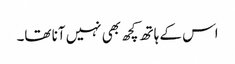
اس کے ہاتھ کچھ بھی نہیں آنا تھا۔